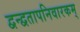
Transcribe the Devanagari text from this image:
द्वन्द्वतापनिवारकम्